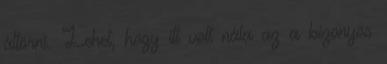
áttörni. Lehet, hogy itt volt nála az a bizonyos